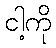
ငါ့ကို